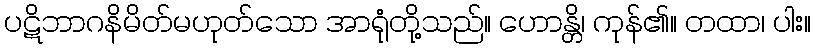
ပဋိဘာဂနိမိတ်မဟုတ်သော အာရုံတို့သည်။ ဟောန္တိ၊ ကုန်၏။ တထာ၊ ပါး။